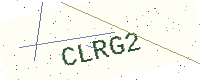
Text: CLRG2